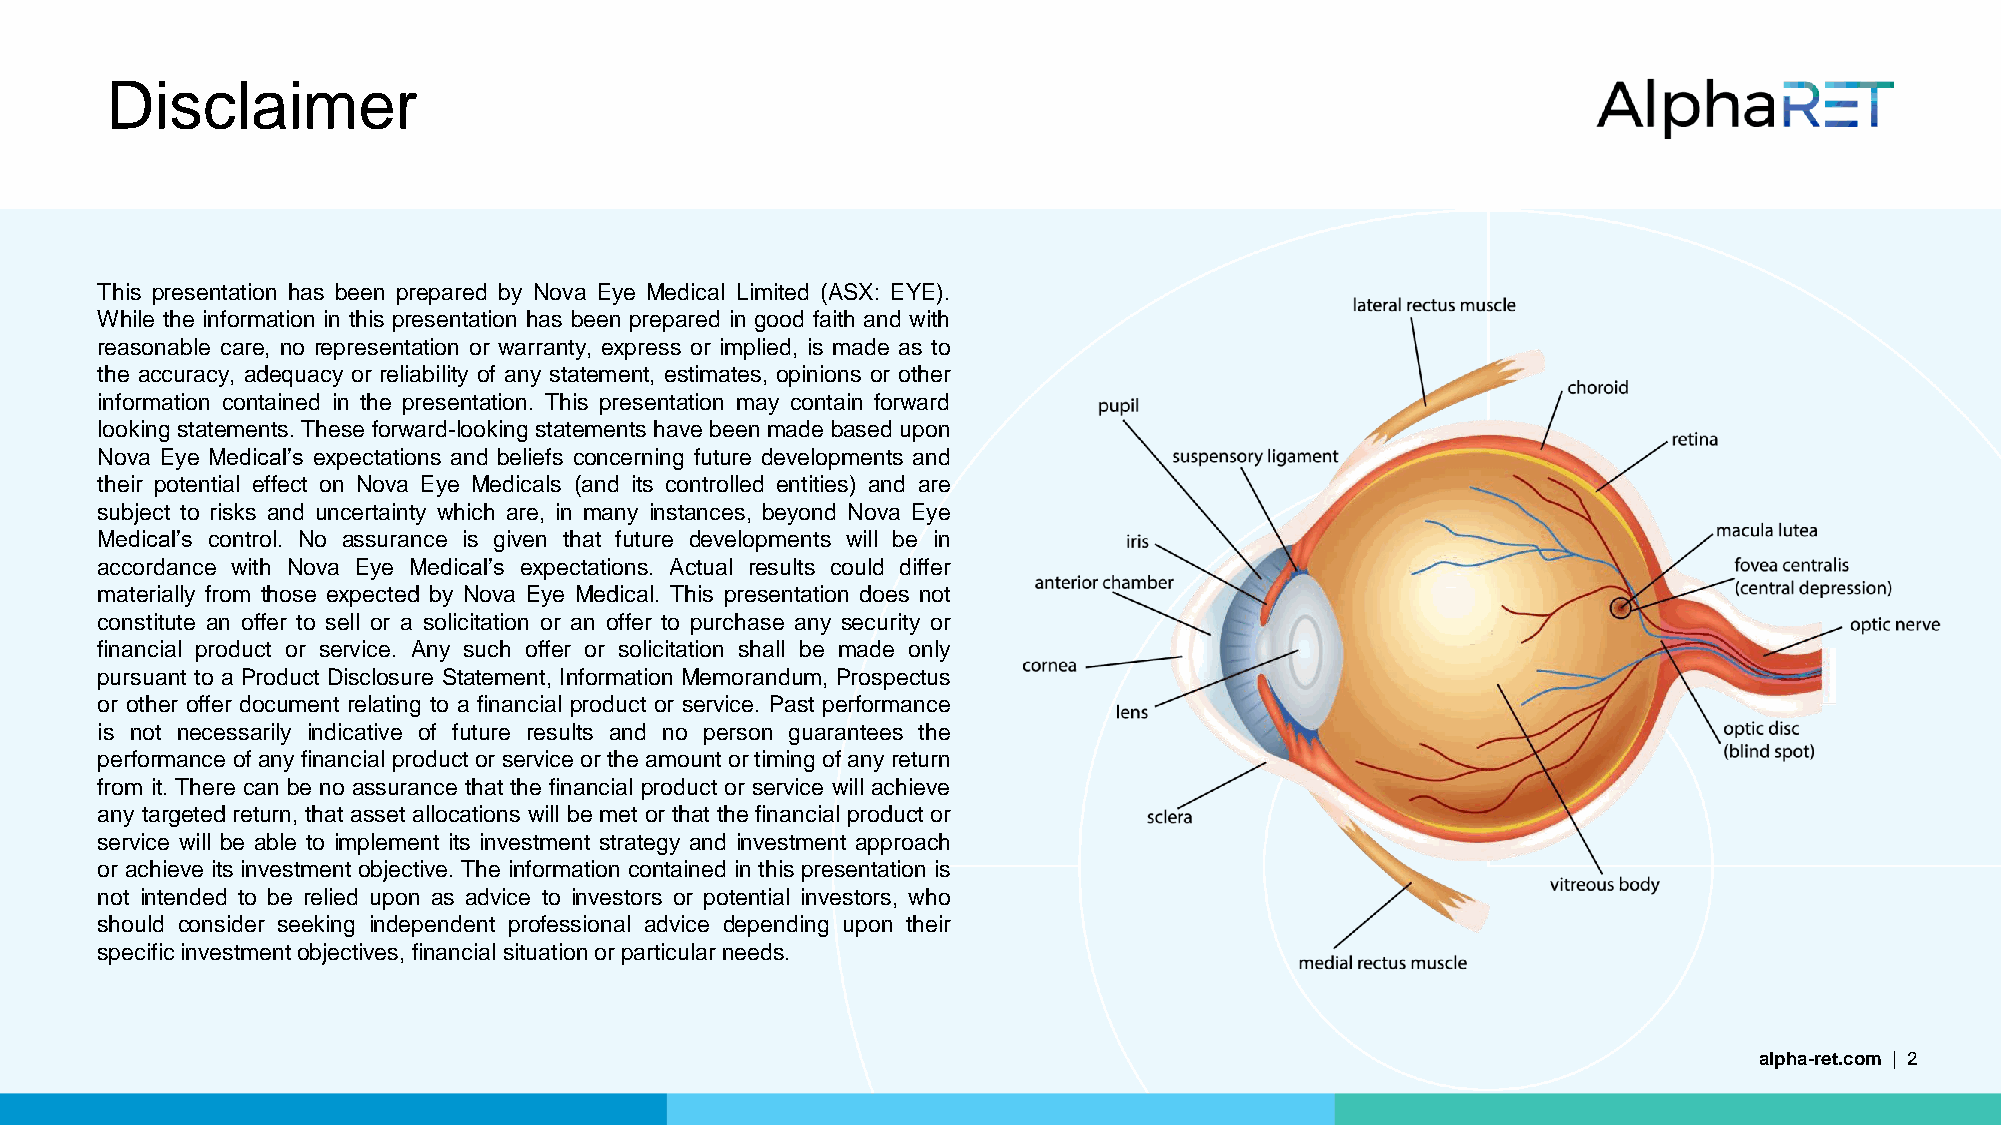
Disclaimer
 This presentation has been prepared by Nova Eye Medical Limited (ASX: EYE).
 While the information in this presentation has been prepared in good faith and with
 reasonable care, no representation or warranty, express or implied, is made as to
 the accuracy, adequacy or reliability of any statement, estimates, opinions or other
 information contained in the presentation. This presentation may contain forward
 looking statements. These forward-looking statements have beenmade based upon
 Nova Eye Medical’s expectations and beliefs concerning future developments and
 their potential effect on Nova Eye Medicals (and its controlled entities) and are
 subject to risks and uncertainty which are, in many instances, beyond Nova Eye
 Medical’s control. No assurance is given that future developments will be in
 accordance with Nova Eye Medical’s expectations. Actual results could differ
 materially from those expected by Nova Eye Medical. This presentation does not
 constitute an offer to sell or a solicitation or an offer to purchase any security or
 financial product or service. Any such offer or solicitation shall be made only
 pursuant to a Product Disclosure Statement, Information Memorandum, Prospectus
 or other offer document relating to a financial product or service. Past performance
 is not necessarily indicative of future results and no person guarantees the
 performance of anyfinancial product or service orthe amount ortiming of anyreturn
 from it. There can be no assurance that the financial product or service will achieve
 any targeted return, that asset allocations will be met or that the financial product or
 service will be able to implement its investment strategy and investment approach
 or achieve its investment objective. The information contained in this presentation is
 not intended to be relied upon as advice to investors or potential investors, who
 should consider seeking independent professional advice depending upon their
 specificinvestmentobjectives,financial situationor particularneeds.
 alpha-ret.com | 2